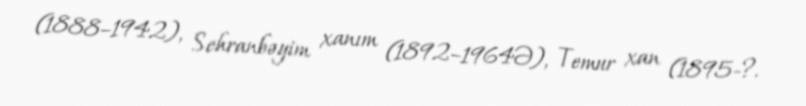
(1888–1942), Sehranbəyim xanım (1892–1964Ə), Temur xan (1895-?.